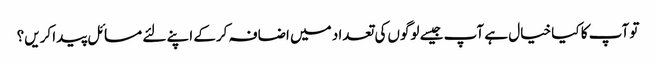
تو آپ کا کیا خیال ہے آپ جیسے لوگوں‌کی تعداد میں اضافہ کرکے اپنے لئے مسائل پیدا کریں؟